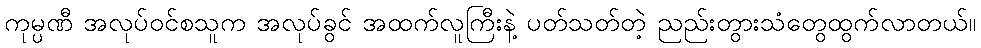
ကုမ္ပဏီ အလုပ်ဝင်စသူက အလုပ်ခွင် အထက်လူကြီးနဲ့ ပတ်သတ်တဲ့ ညည်းတွားသံတွေထွက်လာတယ်။